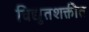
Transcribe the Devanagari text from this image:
विद्युतशक्तीत